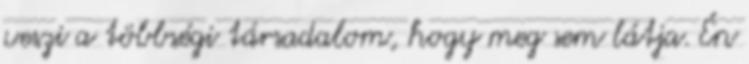
veszi a többségi társadalom, hogy meg sem látja. Én